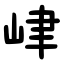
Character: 峍